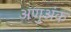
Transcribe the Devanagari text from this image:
अणुअंक